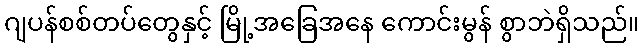
ဂျပန်စစ်တပ်တွေနှင့် မြို့အခြေအနေ ကောင်းမွန် စွာဘဲရှိသည်။